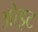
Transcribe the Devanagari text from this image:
ओइट